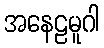
အနေဠမူဂါ